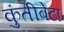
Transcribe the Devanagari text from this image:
कुंतीबेटा